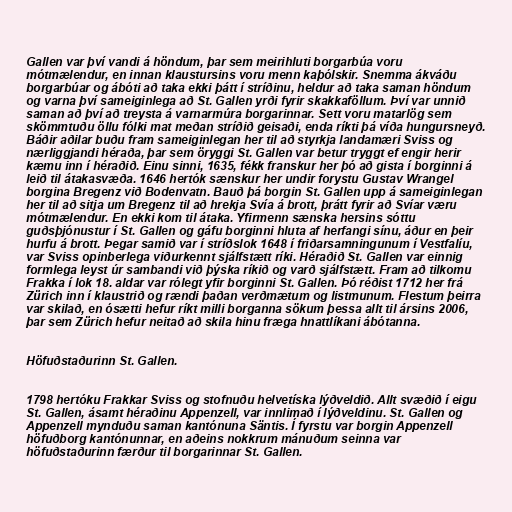
Gallen var því vandi á höndum, þar sem meirihluti borgarbúa voru
mótmælendur, en innan klaustursins voru menn kaþólskir. Snemma ákváðu
borgarbúar og ábóti að taka ekki þátt í stríðinu, heldur að taka saman höndum
og varna því sameiginlega að St. Gallen yrði fyrir skakkaföllum. Því var unnið
saman að því að treysta á varnarmúra borgarinnar. Sett voru matarlög sem
skömmtuðu öllu fólki mat meðan stríðið geisaði, enda ríkti þá víða hungursneyð.
Báðir aðilar buðu fram sameiginlegan her til að styrkja landamæri Sviss og
nærliggjandi héraða, þar sem öryggi St. Gallen var betur tryggt ef engir herir
kæmu inn í héraðið. Einu sinni, 1635, fékk franskur her þó að gista í borginni á
leið til átakasvæða. 1646 hertók sænskur her undir forystu Gustav Wrangel
borgina Bregenz við Bodenvatn. Bauð þá borgin St. Gallen upp á sameiginlegan
her til að sitja um Bregenz til að hrekja Svía á brott, þrátt fyrir að Svíar væru
mótmælendur. En ekki kom til átaka. Yfirmenn sænska hersins sóttu
guðsþjónustur í St. Gallen og gáfu borginni hluta af herfangi sínu, áður en þeir
hurfu á brott. Þegar samið var í stríðslok 1648 í friðarsamningunum í Vestfalíu,
var Sviss opinberlega viðurkennt sjálfstætt ríki. Héraðið St. Gallen var einnig
formlega leyst úr sambandi við þýska ríkið og varð sjálfstætt. Fram að tilkomu
Frakka í lok 18. aldar var rólegt yfir borginni St. Gallen. Þó réðist 1712 her frá
Zürich inn í klaustrið og rændi þaðan verðmætum og listmunum. Flestum þeirra
var skilað, en ósætti hefur ríkt milli borganna sökum þessa allt til ársins 2006,
þar sem Zürich hefur neitað að skila hinu fræga hnattlíkani ábótanna.

Höfuðstaðurinn St. Gallen.

1798 hertóku Frakkar Sviss og stofnuðu helvetíska lýðveldið. Allt svæðið í eigu
St. Gallen, ásamt héraðinu Appenzell, var innlimað í lýðveldinu. St. Gallen og
Appenzell mynduðu saman kantónuna Säntis. Í fyrstu var borgin Appenzell
höfuðborg kantónunnar, en aðeins nokkrum mánuðum seinna var
höfuðstaðurinn færður til borgarinnar St. Gallen.